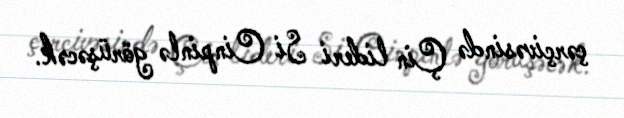
çərçivəsində Çin lideri Si Cinpinlə görüşəcək.